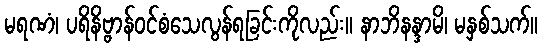
မရဏံ၊ ပရိနိဗ္ဗာန်ဝင်စံသေလွန်ရခြင်းကိုလည်း။ နာဘိနန္ဒာမိ၊ မနှစ်သက်။